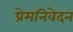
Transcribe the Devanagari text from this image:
प्रेमनिवेदन